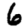
Digit: 6